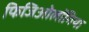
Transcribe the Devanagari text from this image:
फिजिओलॉगिया